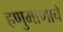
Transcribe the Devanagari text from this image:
हणुमाणाचे